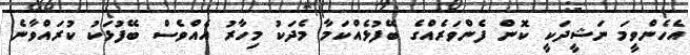
އެހެންވީމަ ނަޝީދަކީ ކޮން ފެންވަރެއްގެ ބޭފުޅެއްކަމާ މެދަކު މިހާރު އެއްވެސް ބޭފުޅަކު ކުރައްވާނެ